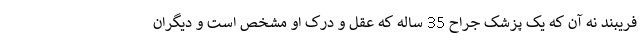
فریبند نه آن که یک پزشک جراح 35 ساله که عقل و درک او مشخص است و دیگران